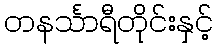
တနင်္သာရီတိုင်းနှင့်